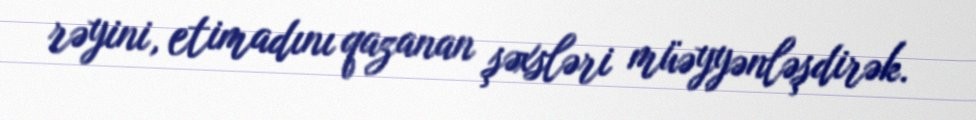
rəyini, etimadını qazanan şəxsləri müəyyənləşdirək.